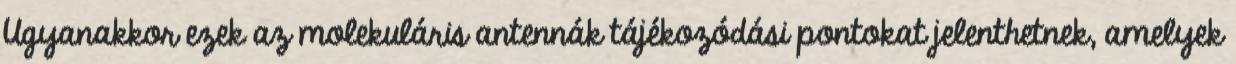
Ugyanakkor ezek az molekuláris antennák tájékozódási pontokat jelenthetnek, amelyek